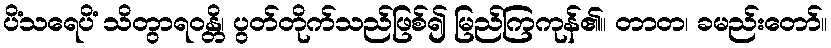
ပိံသရေပိံ သိတွာရဝန္တိ၊ ပွတ်တိုက်သည်ဖြစ်၍ မြည်ကြကုန်၏။ တာတ၊ ခမည်းတော်။